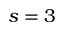
s = 3